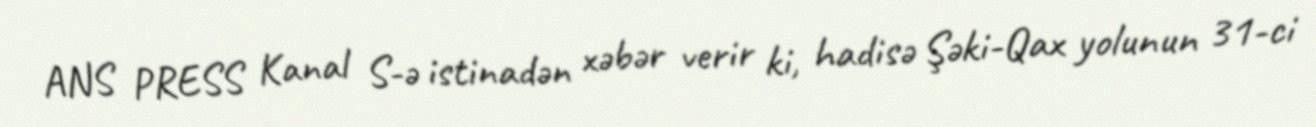
ANS PRESS Kanal S-ə istinadən xəbər verir ki, hadisə Şəki-Qax yolunun 31-ci